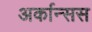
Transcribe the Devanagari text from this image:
अर्कान्सस